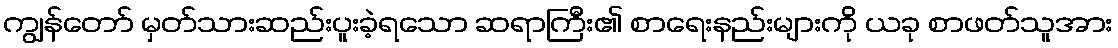
ကျွန်တော် မှတ်သားဆည်းပူးခဲ့ရသော ဆရာကြီး၏ စာရေးနည်းများကို ယခု စာဖတ်သူအား